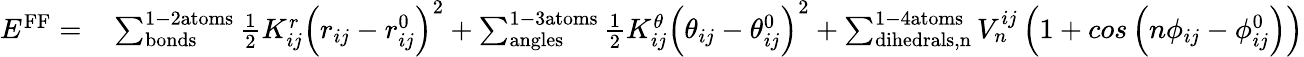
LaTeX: \begin{array}{rl}{E^{\mathrm{FF}}=}&{{}\sum_{\mathrm{bonds}}^{\mathrm{1-2atoms}}\frac{1}{2}K_{ij}^{r}\left(r_{ij}-r_{ij}^{0}\right)^{2}+\sum_{\mathrm{angles}}^{\mathrm{1-3atoms}}\frac{1}{2}K_{ij}^{\theta}\left(\theta_{ij}-\theta_{ij}^{0}\right)^{2}+\sum_{\mathrm{dihedrals,n}}^{\mathrm{1-4atoms}}V_{n}^{ij}\left(1+cos\left(n\phi_{ij}-\phi_{ij}^{0}\right)\right)}\end{array}